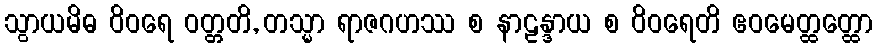
သွာယမိဓ ဝိဝရေ ဝတ္တတိ, တသ္မာ ရာဇဂဟဿ စ နာဠန္ဒာယ စ ဝိဝရေတိ ဧဝမေတ္ထတ္ထော